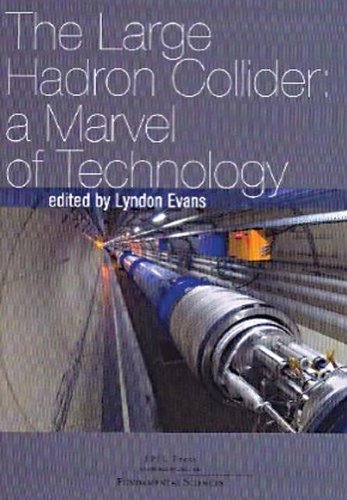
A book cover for The Large Hadron Collider; Science & Math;